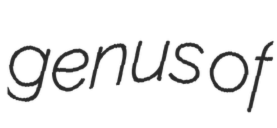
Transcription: genus of